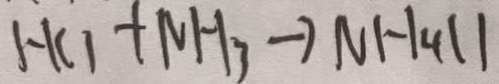
H C _ { 1 } + N H _ { 3 } \rightarrow N H _ { 4 } / /